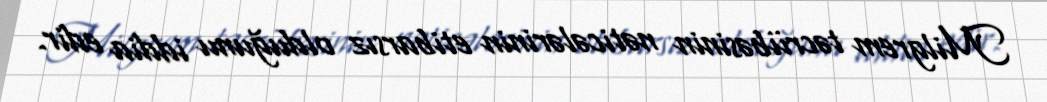
Milgrem təcrübəsinin nəticələrinin etibarsız olduğunu iddia edir.